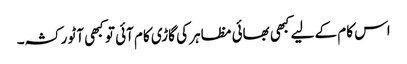
اس کام کے لیے کبھی بھائی مظاہر کی گاڑی کام آئی تو کبھی آٹو رکشہ۔